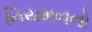
નિયમનનો